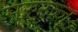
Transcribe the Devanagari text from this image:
मरुरज्जू